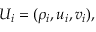
U _ { i } = ( \rho _ { i } , u _ { i } , v _ { i } ) ,